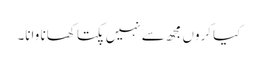
کیا کروں مجھ سے نہیں پکتا کھانا وانا۔